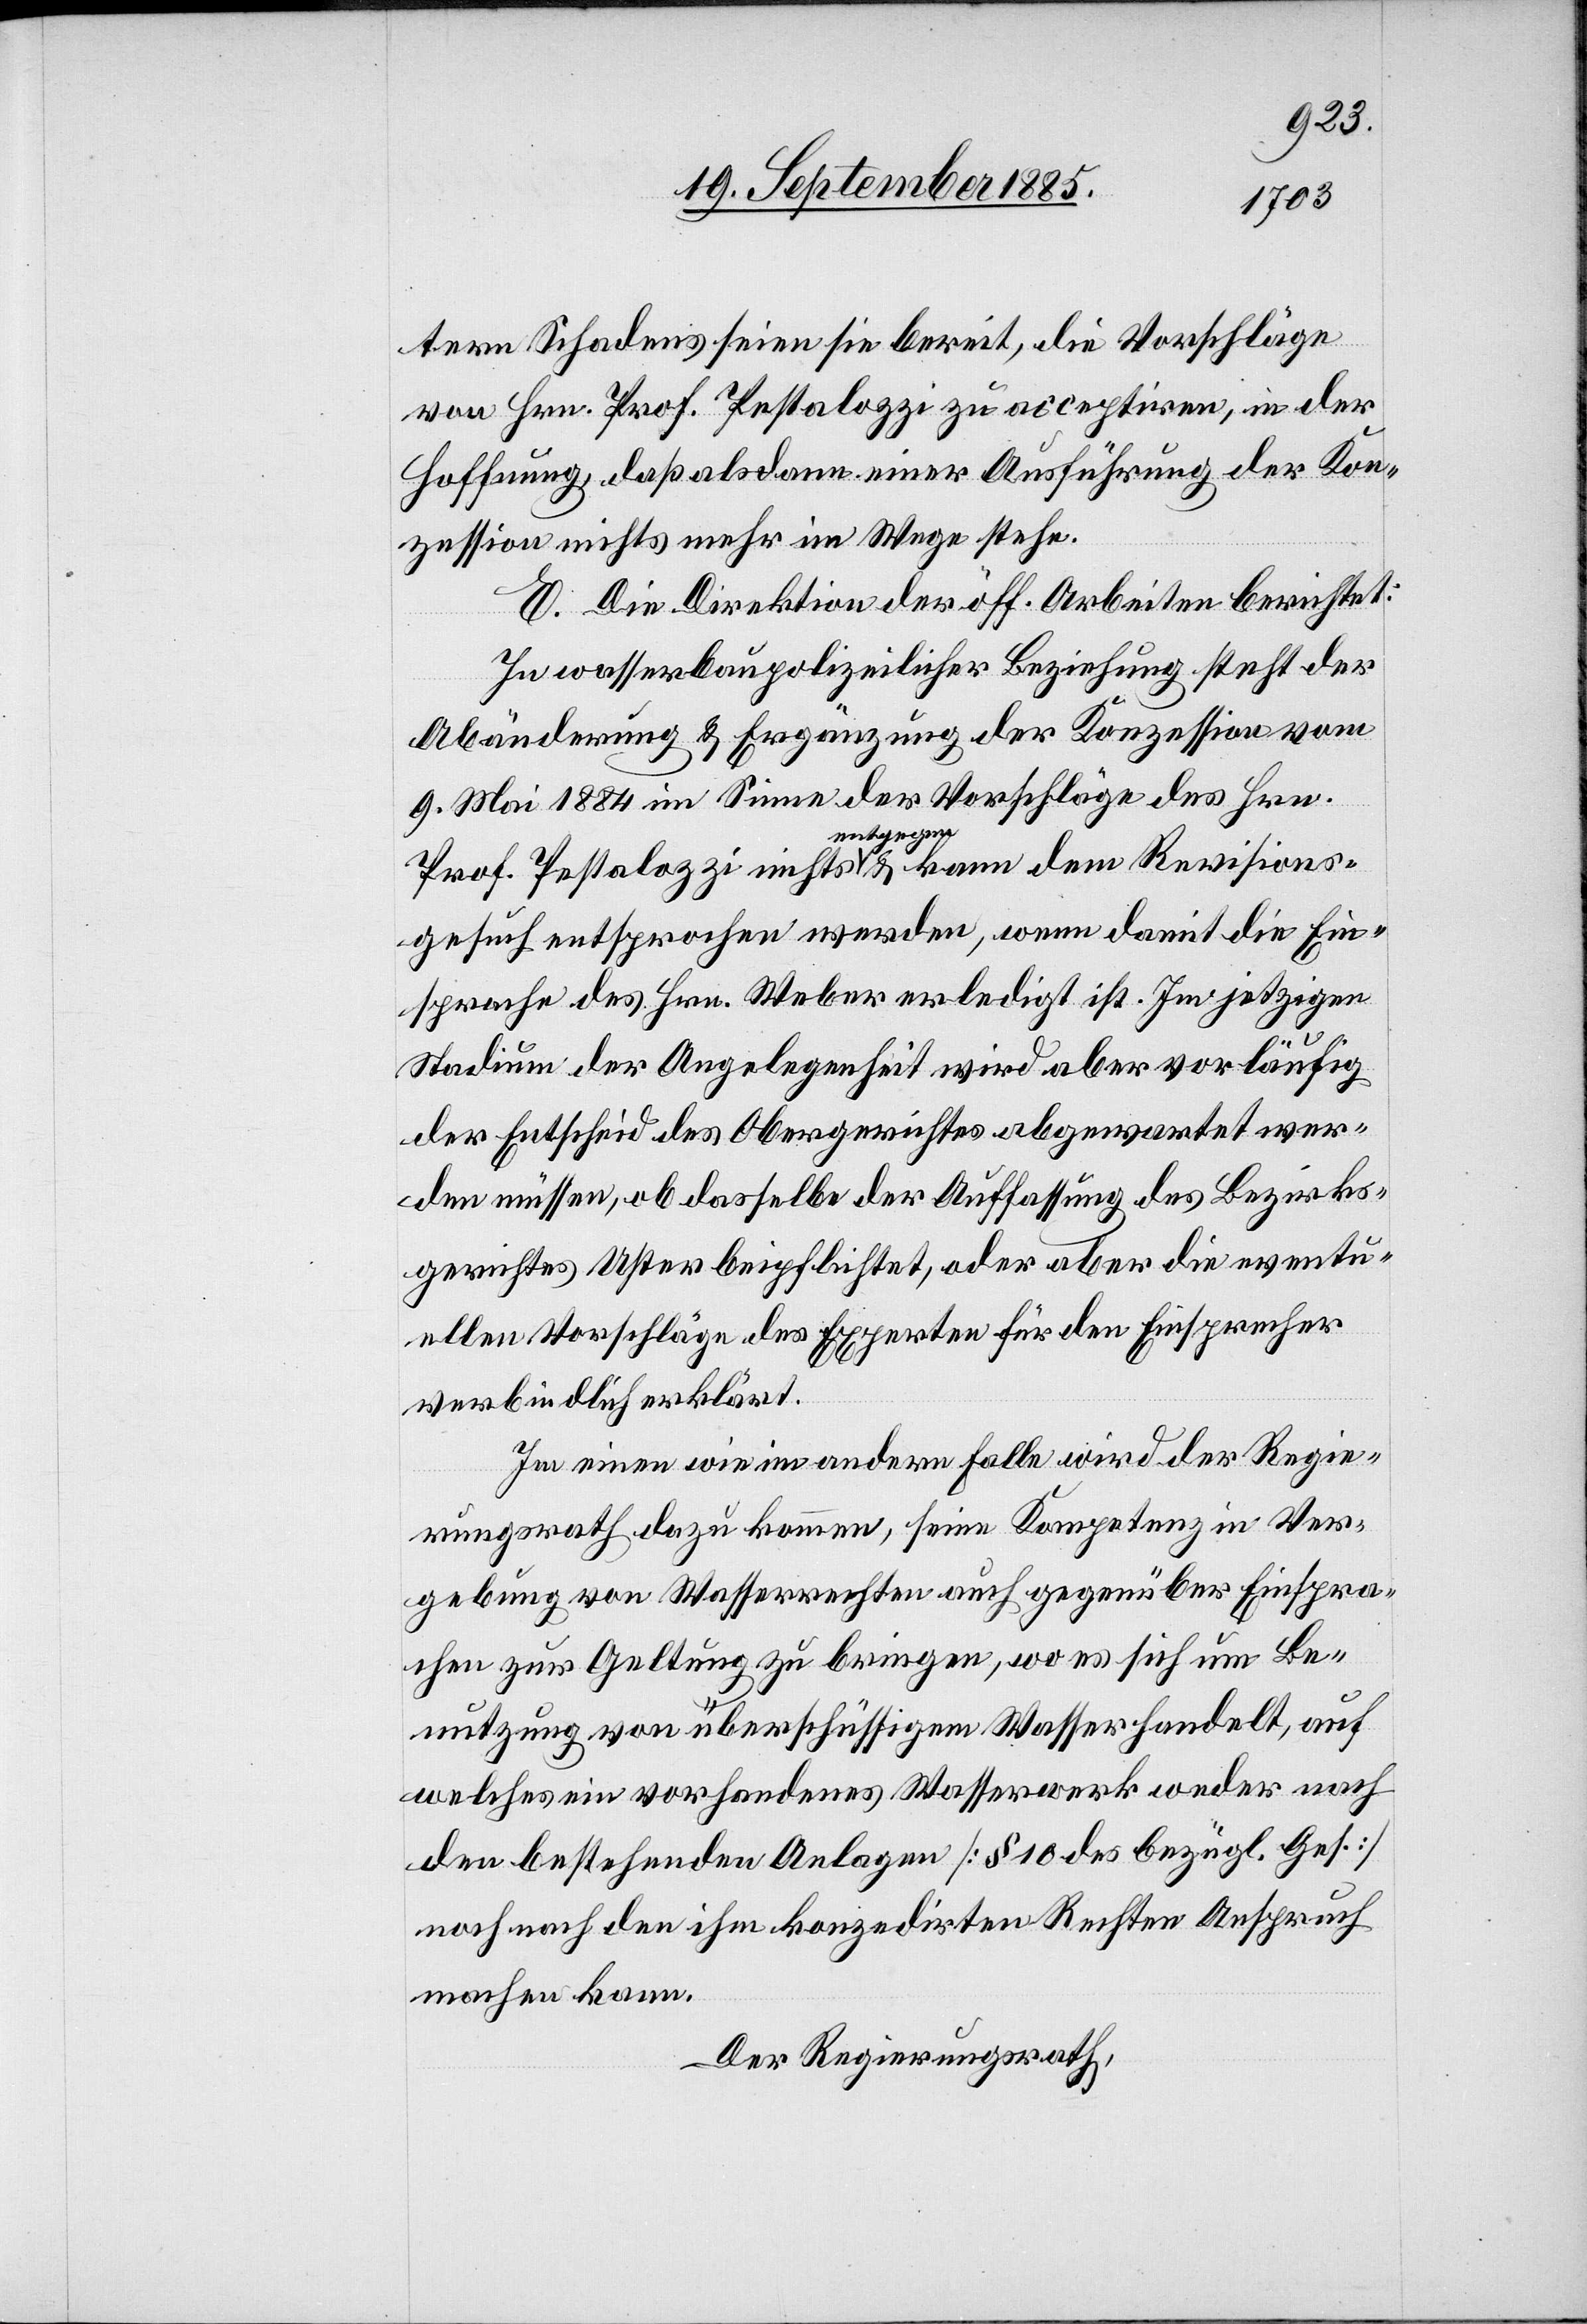
Revision¬
tern Schadens seien sie bereit, die Vorschläge
von Hrn. Prof. Pestalozzi zu acceptiren, in der
Hoffnung, daß als dann einer Ausführung der Kon¬
zession nichts mehr im Wege stehe.
E. Die Direktion der öff. Arbeiten berichtet:
In wasserbaupolizeilicher Beziehung steht der
Abänderung & Ergänzung der Konzession vom
9. Mai 1884 im Sinne der Vorschläge des Hrn.
a-entgegen-a
sgesuch entsprochen werden, wenn damit die Ein¬
sprache des Hrn. Weber erledigt ist. Im jetzigen
Stadium der Angelegenheit wird aber vorläufig
der Entscheid des Obergerichtes abgewartet wer¬
den müssen, ob dasselbe der Auffassung des Bezirks¬
gerichtes Uster beipflichtet, oder aber die eventu¬
ellen Vorschläge des Experten für den Einsprecher
verbindlich erklärt.
Im einen wie im andern Falle wird der Regie¬
rungsrath dazu kommen, seine Kompetenz in Ver¬
gebung von Wasserrechten auch gegenüber Einspra¬
chen zur Geltung zu bringen, wo es sich um Be¬
nutzung von überschüssigem Wasser handelt, auf
welches ein vorhandenes Wasserwerk weder nach
den bestehenden Anlagen [§ 10 des bezügl. Ges.]
noch nach den ihm konzedirten Rechten Anspruch
machen kann.
Der Regierungsrath,